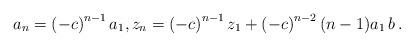
LaTeX: \begin{align*}a_n = \left(-{c}\right)^{n-1} a_{1}, z_{n} = \left(- c\right)^{n-1} z_{1} + \left( - c\right)^{n-2} {(n-1) a_1 \, b }\,.\end{align*}